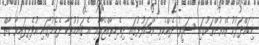
މިބައްދަލުކުރެއްވުންތަކުގައި ސަފީރު ދެއްކެވި ވާހަކަފުޅުގައި ދިވެހިރާއްޖެއާއި އެ ޤައުމުތަކާ ދެމެދުގައި އުފެދިފައިވާ ގާތް